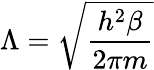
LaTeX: \Lambda={\sqrt{\frac{h^{2}\beta}{2\pi m}}}